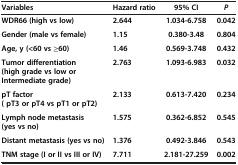
<table><thead><tr><td><b>Variables</b></td><td><b>Hazard ratio</b></td><td><b>95% CI</b></td><td><b><i>P</i></b></td></tr></thead><tbody><tr><td><b>WDR66 (high vs low)</b></td><td><b>2.644</b></td><td><b>1.034-6.758</b></td><td><b>0.042</b></td></tr><tr><td><b>Gender (male vs female)</b></td><td><b>1.15</b></td><td><b>0.380-3.48</b></td><td><b>0.804</b></td></tr><tr><td><b>Age, y (&lt;60 vs ≥60)</b></td><td><b>1.46</b></td><td><b>0.569-3.748</b></td><td><b>0.432</b></td></tr><tr><td><b>Tumor differentiation (high grade vs low or Intermediate grade)</b></td><td><b>2.763</b></td><td><b>1.093-6.983</b></td><td><b>0.032</b></td></tr><tr><td><b>pT factor ( pT3 or pT4 vs pT1 or pT2)</b></td><td><b>2.133</b></td><td><b>0.613-7.420</b></td><td><b>0.234</b></td></tr><tr><td><b>Lymph node metastasis (yes vs no)</b></td><td><b>1.575</b></td><td><b>0.362-6.852</b></td><td><b>0.545</b></td></tr><tr><td><b>Distant metastasis (yes vs no)</b></td><td><b>1.376</b></td><td><b>0.492-3.846</b></td><td><b>0.543</b></td></tr><tr><td><b>TNM stage (I or II vs III or IV)</b></td><td><b>7.711</b></td><td><b>2.181-27.259</b></td><td><b>0.002</b></td></tr></tbody></table>